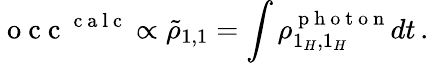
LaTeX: \mathrm{~o~c~c~}^{\mathrm{~c~a~l~c~}}\propto\tilde{\rho}_{1,1}=\int\rho_{1_{H},1_{H}}^{\mathrm{~p~h~o~t~o~n~}}dt\, .